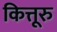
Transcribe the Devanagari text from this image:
कित्तूरु